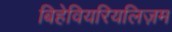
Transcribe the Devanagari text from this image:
बिहेवियरियलिज़म